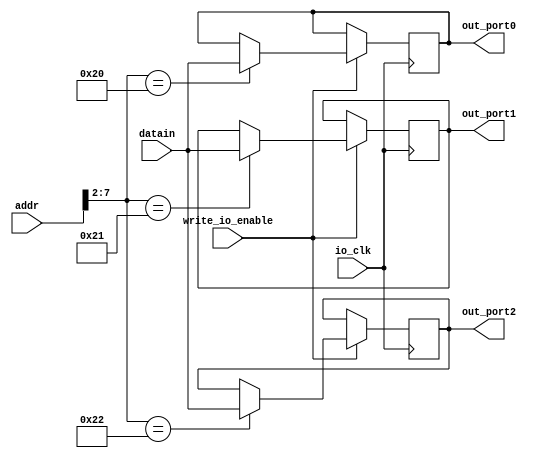
module io_output(
	addr,datain,write_io_enable,io_clk,out_port0,out_port1,out_port2 
);
	input 	[31:0] 	addr,datain;
	input 			write_io_enable,io_clk;
	output 	[31:0]	out_port0,out_port1,out_port2;
	
	reg 	[31:0]	out_port0;
	reg	[31:0]	out_port1;
	reg	[31:0]	out_port2;
	
	always @ (posedge io_clk)
	begin
		if (write_io_enable == 1)
			case (addr[7:2])
				6'b100000: out_port0 = datain;
				6'b100001: out_port1 = datain;
				6'b100010: out_port2 = datain;
			endcase
	end
endmodule